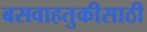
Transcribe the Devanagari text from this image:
बसवाहतुकीसाठी